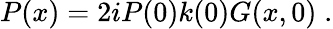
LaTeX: P(x)=2iP(0)k(0)G(x,0)\; .